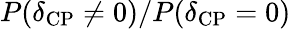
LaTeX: P(\delta_{\mathrm{CP}}\neq 0)/P(\delta_{\mathrm{CP}}=0)